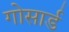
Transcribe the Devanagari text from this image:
गोसार्ड